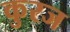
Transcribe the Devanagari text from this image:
कुरज